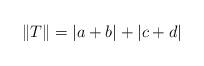
LaTeX: \begin{align*}\Vert T\Vert=|a+b|+|c+d| \end{align*}